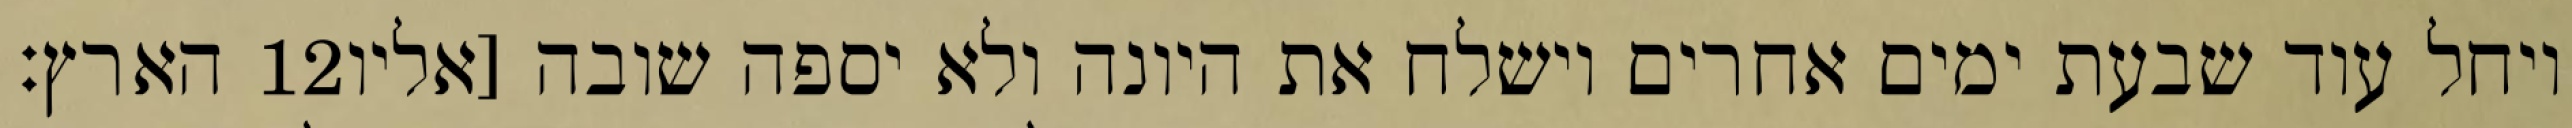
הארץ׃ ‎12‏ ויחל עוד שבעת ימים אחרים וישלח את היונה ולא יספה שובה [אליו